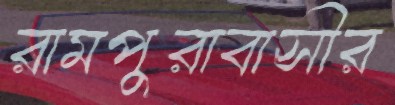
রামপুরাবাসীর